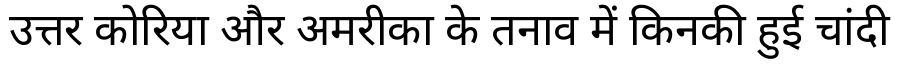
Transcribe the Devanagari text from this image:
उत्तर कोरिया और अमरीका के तनाव में किनकी हुई चांदी